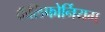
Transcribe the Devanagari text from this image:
कॅलिफोर्नियम